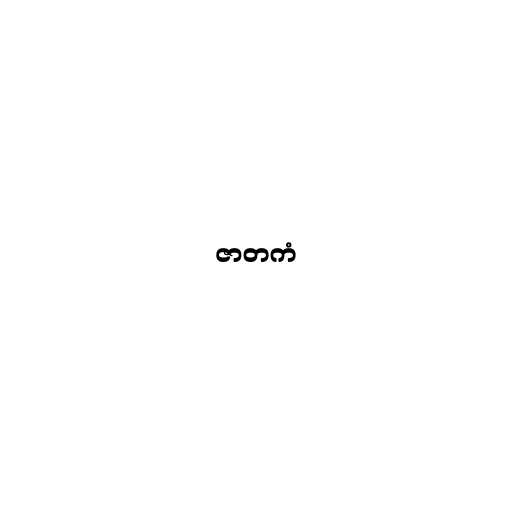
ဇာတကံ